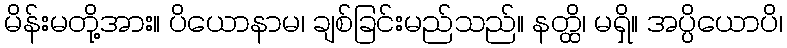
မိန်းမတို့အား။ ပိယောနာမ၊ ချစ်ခြင်းမည်သည်။ နတ္ထိ၊ မရှိ။ အပ္ပိယောပိ၊